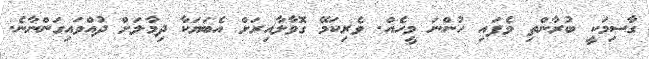
ގާސިމަކީ ބުރާންތި ވެފައި ހުންނަ މީހެއް. ވެރިކަމޭ ގޮވާލާއިރަށް އެބަޔަކާ ދިމާލަަށް ދުއްވައިގަންނާނެ.